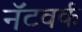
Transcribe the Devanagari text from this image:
नॅटवर्क